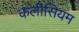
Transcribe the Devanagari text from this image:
कलीसियम